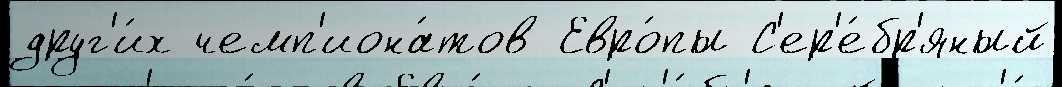
друг'и́х чемп'иона́тов Евро́пы С'ер'е́бр'яный